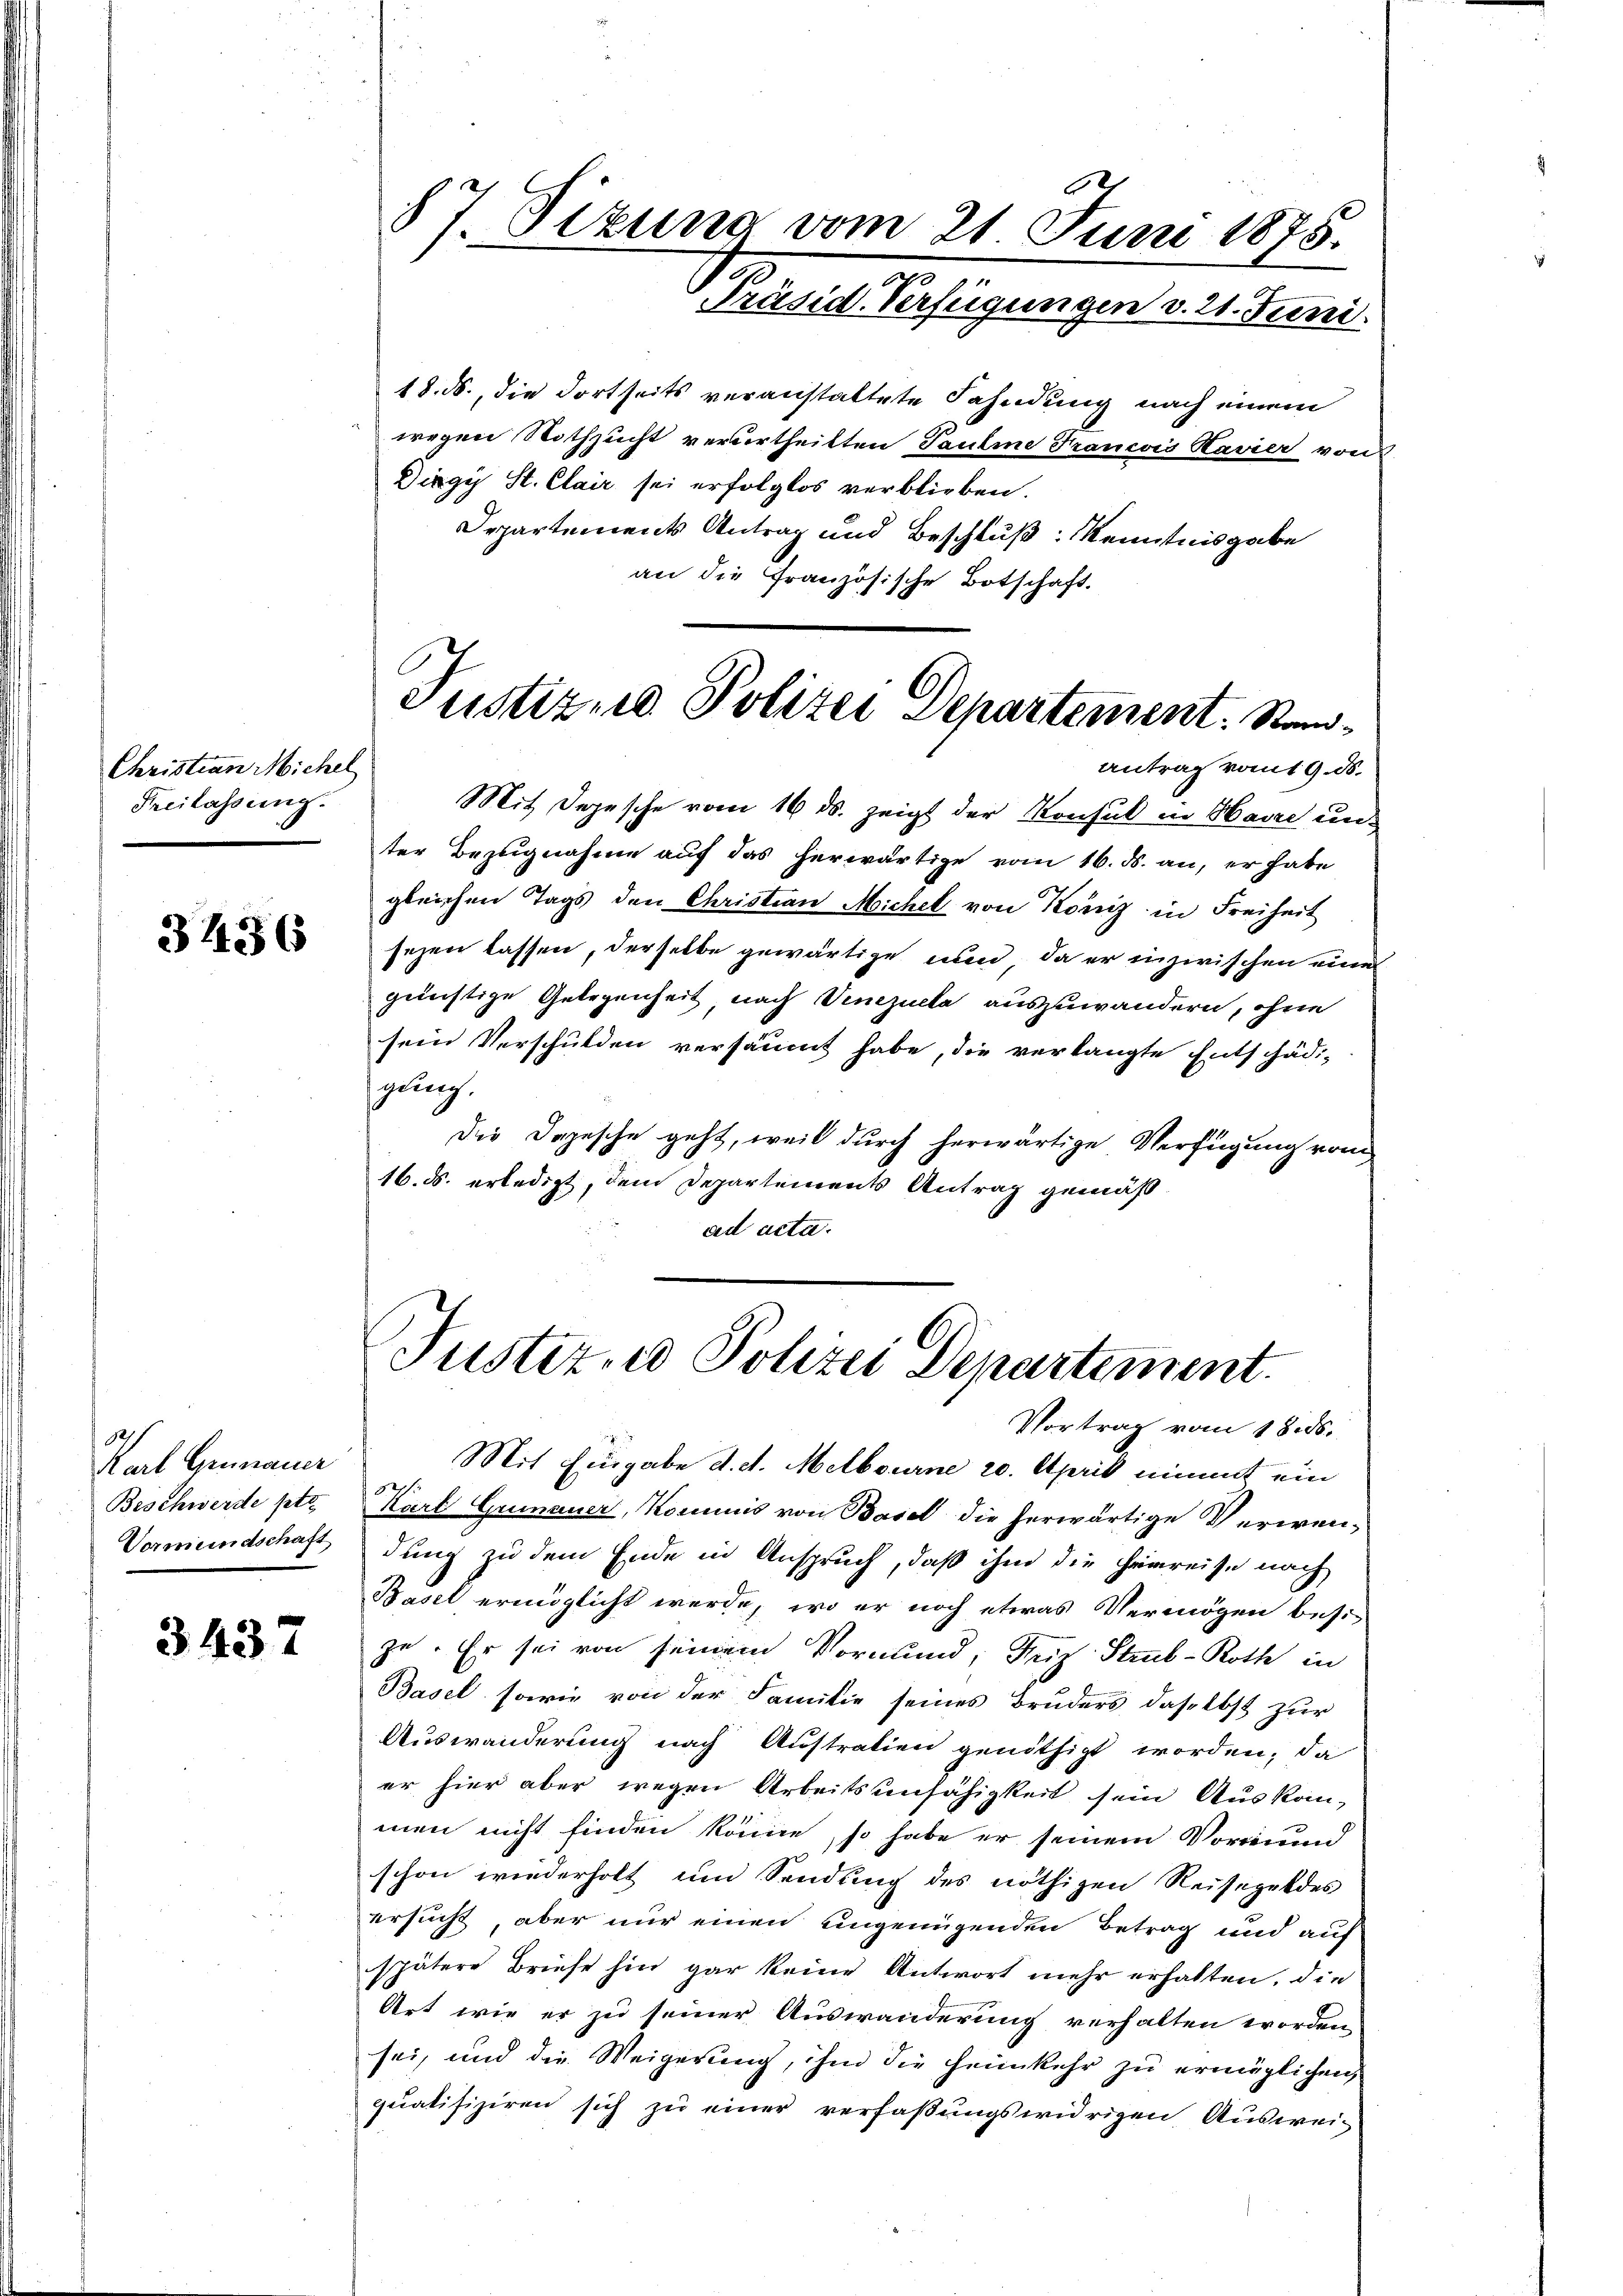
Christian Michel
Freilassung.

3436

Karl Grünauer
Beschwerde ptr.

3437

87. Sizung vom 21. Juni 1875.
Präsid. Verfügungen v. 21. Juni.

18. ds., die dortseits veranstattete Fahndung nach einem
wegen Nothzucht verurtheilten Pauline Francois Kavier von
Dirgy St. Clair sei erfolglos verblieben.
Departements Antrag und Beschluß: Kenntnisgabe
an die Französische Botschaft.

Mit Depesche vom 16 ds. zeigt der Konsul in Havre unter Bezugnahme auf das herwärtige vom 16. d. an, er habe
gleichen Tags den Christian Michel von König in Freiheit
sezen lassen, derselbe gewärtige nun, da er inzwischen eines
günstige Gelegenheit, nach Venezuela auszuwandern, ohne
sein Verschulden versäumt habe, die verlangte Entschädi-
gung.
Die Depesche geht, weil durch herwärtige Verfügung vom
16. ds. erledigt, dem Departements Antrag gemäßad acta.

Mit Eingabe d. d. Melbourne 20. April nimmt ein
Karl Grauer, Kommis von Basel die herwärtige Verwen¬
Vormundschaft dung zu dem Ende in Anspruch, daß ihm die Heimreise nach
Basel ermöglicht werde, wo er noch etwas Vermögen besi
ze. Er sei von seinem Vormund, Freiz Strub-Roth in
Basel sowie von der Familie seines Bruders, daselbst zur
Auswanderung nach Austration genöthigt worden, da
er hier aber wegen Arbeitsunfähigkeit sein Auskom-
men nicht finden könne, so habe er seinem Vormund
z
schon wiederholt um Sendung des nöthigen Reisegeldes
ersucht, aber nur einen ungenügenden Betrag und auf
spätere Briefe hin gar keine Antwort mehr erhalten, die
Art, wie er zu seiner Auswanderung verhalten worden,
sei, und die Weigerung, ihm die Heimkehr zu ermöglichen,
qŭatifizieren sich zŭ einer verfaßungswidrigen Auswei¬

Justiz und Polizei Departement. Standantrag vom 9. ds.

Justiz- u Polizei Departement.
Vortrag vom 18. ds.